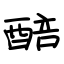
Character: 醅